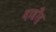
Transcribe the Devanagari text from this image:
दाहौद्